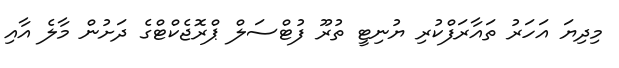
މިދިޔަ އަހަރު ތައާރަފްކުރި ޔުނިޓީ ތުރޫ ފުޓްސަލް ޕްރޮޖެކްޓްގެ ދަށުން މާލެ އާއި